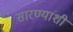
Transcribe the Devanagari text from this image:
सारण्यांशी